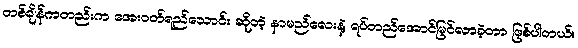
တစ်ချိန်ကတည်းက အေးဝတ်ရည်သောင်း ဆိုတဲ့ နာမည်လေးနဲ့ ရပ်တည်အောင်မြင်လာခဲ့တာ ဖြစ်ပါတယ်။